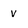
Character: v